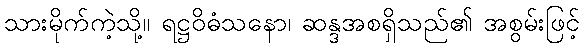
သားမိုက်ကဲ့သို့။ ရဋ္ဌဝိဓံသနော၊ ဆန္ဒအစရှိသည်၏ အစွမ်းဖြင့်